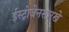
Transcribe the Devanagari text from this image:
ईस्ट्रोजेनसारखे